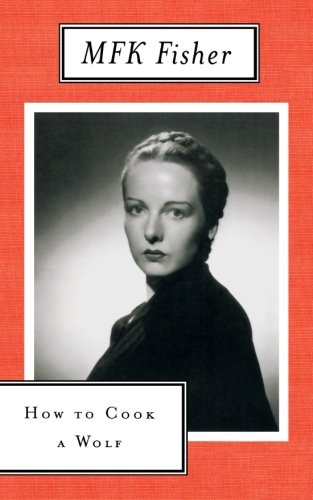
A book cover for How to Cook a Wolf; M. F. K. Fisher; Cookbooks, Food & Wine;